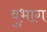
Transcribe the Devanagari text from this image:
वुभाग